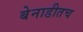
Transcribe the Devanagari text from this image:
बेनाडीतच